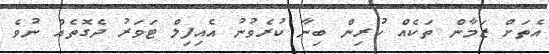
އެތަށް ޒަމާން ތަކެއް ކުރިން ބިނާ ކުރެވުނު އެއިފިލް ޓަވަރު ދެގޮތެއް ނުވެ